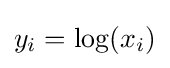
y_{i}=\log(x_{i})